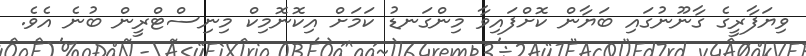
ވިޔަފާރީގެ ގާނޫނުގައި ބަޔާން ކޮށްފައިވާ މިންގަނޑު ކަމަށް އިކޮނޮމިކް މިނިސްޓްރީން ބުނެ އެވެ.